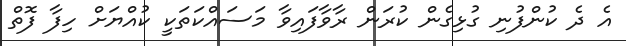
އެ ދެ ކުންފުނި ގުޅިގެން ކުރަން ރާވާފައިވާ މަސައްކަތަކީ ކުއްޔަށް ހިފާ ފޮތް